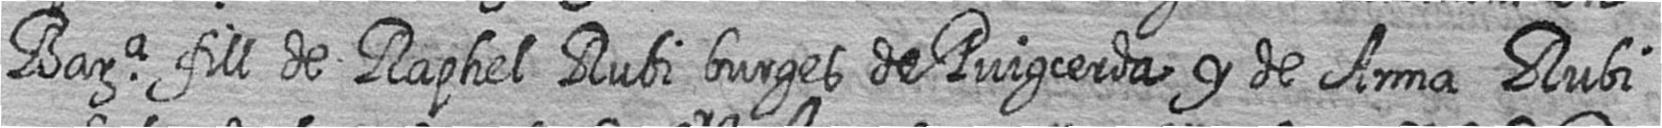
Bara fill de Raphel Rubi burges de Puigcerda y de Anna Rubi